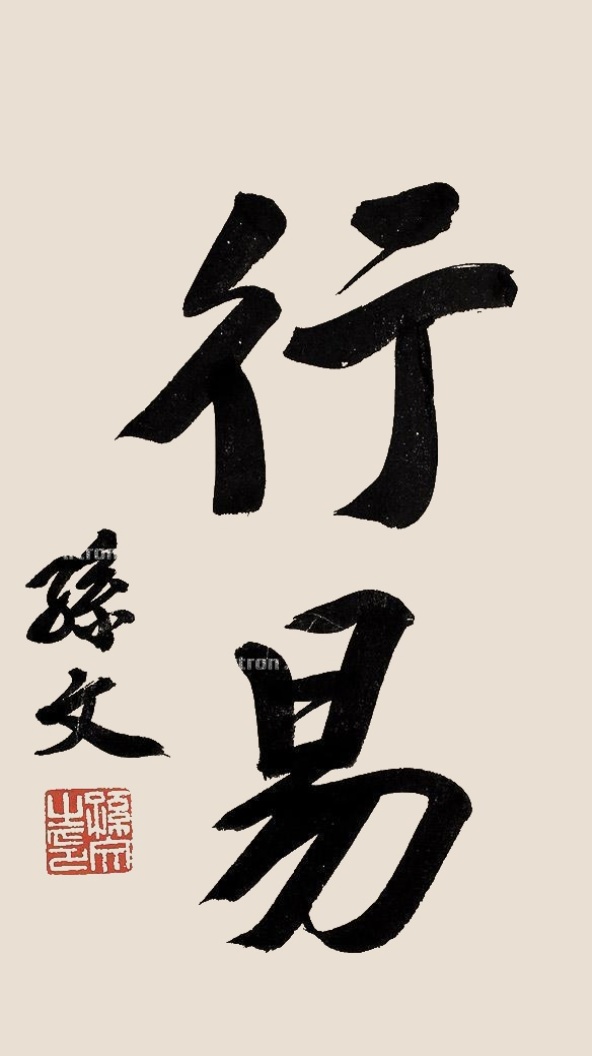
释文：行易孙文